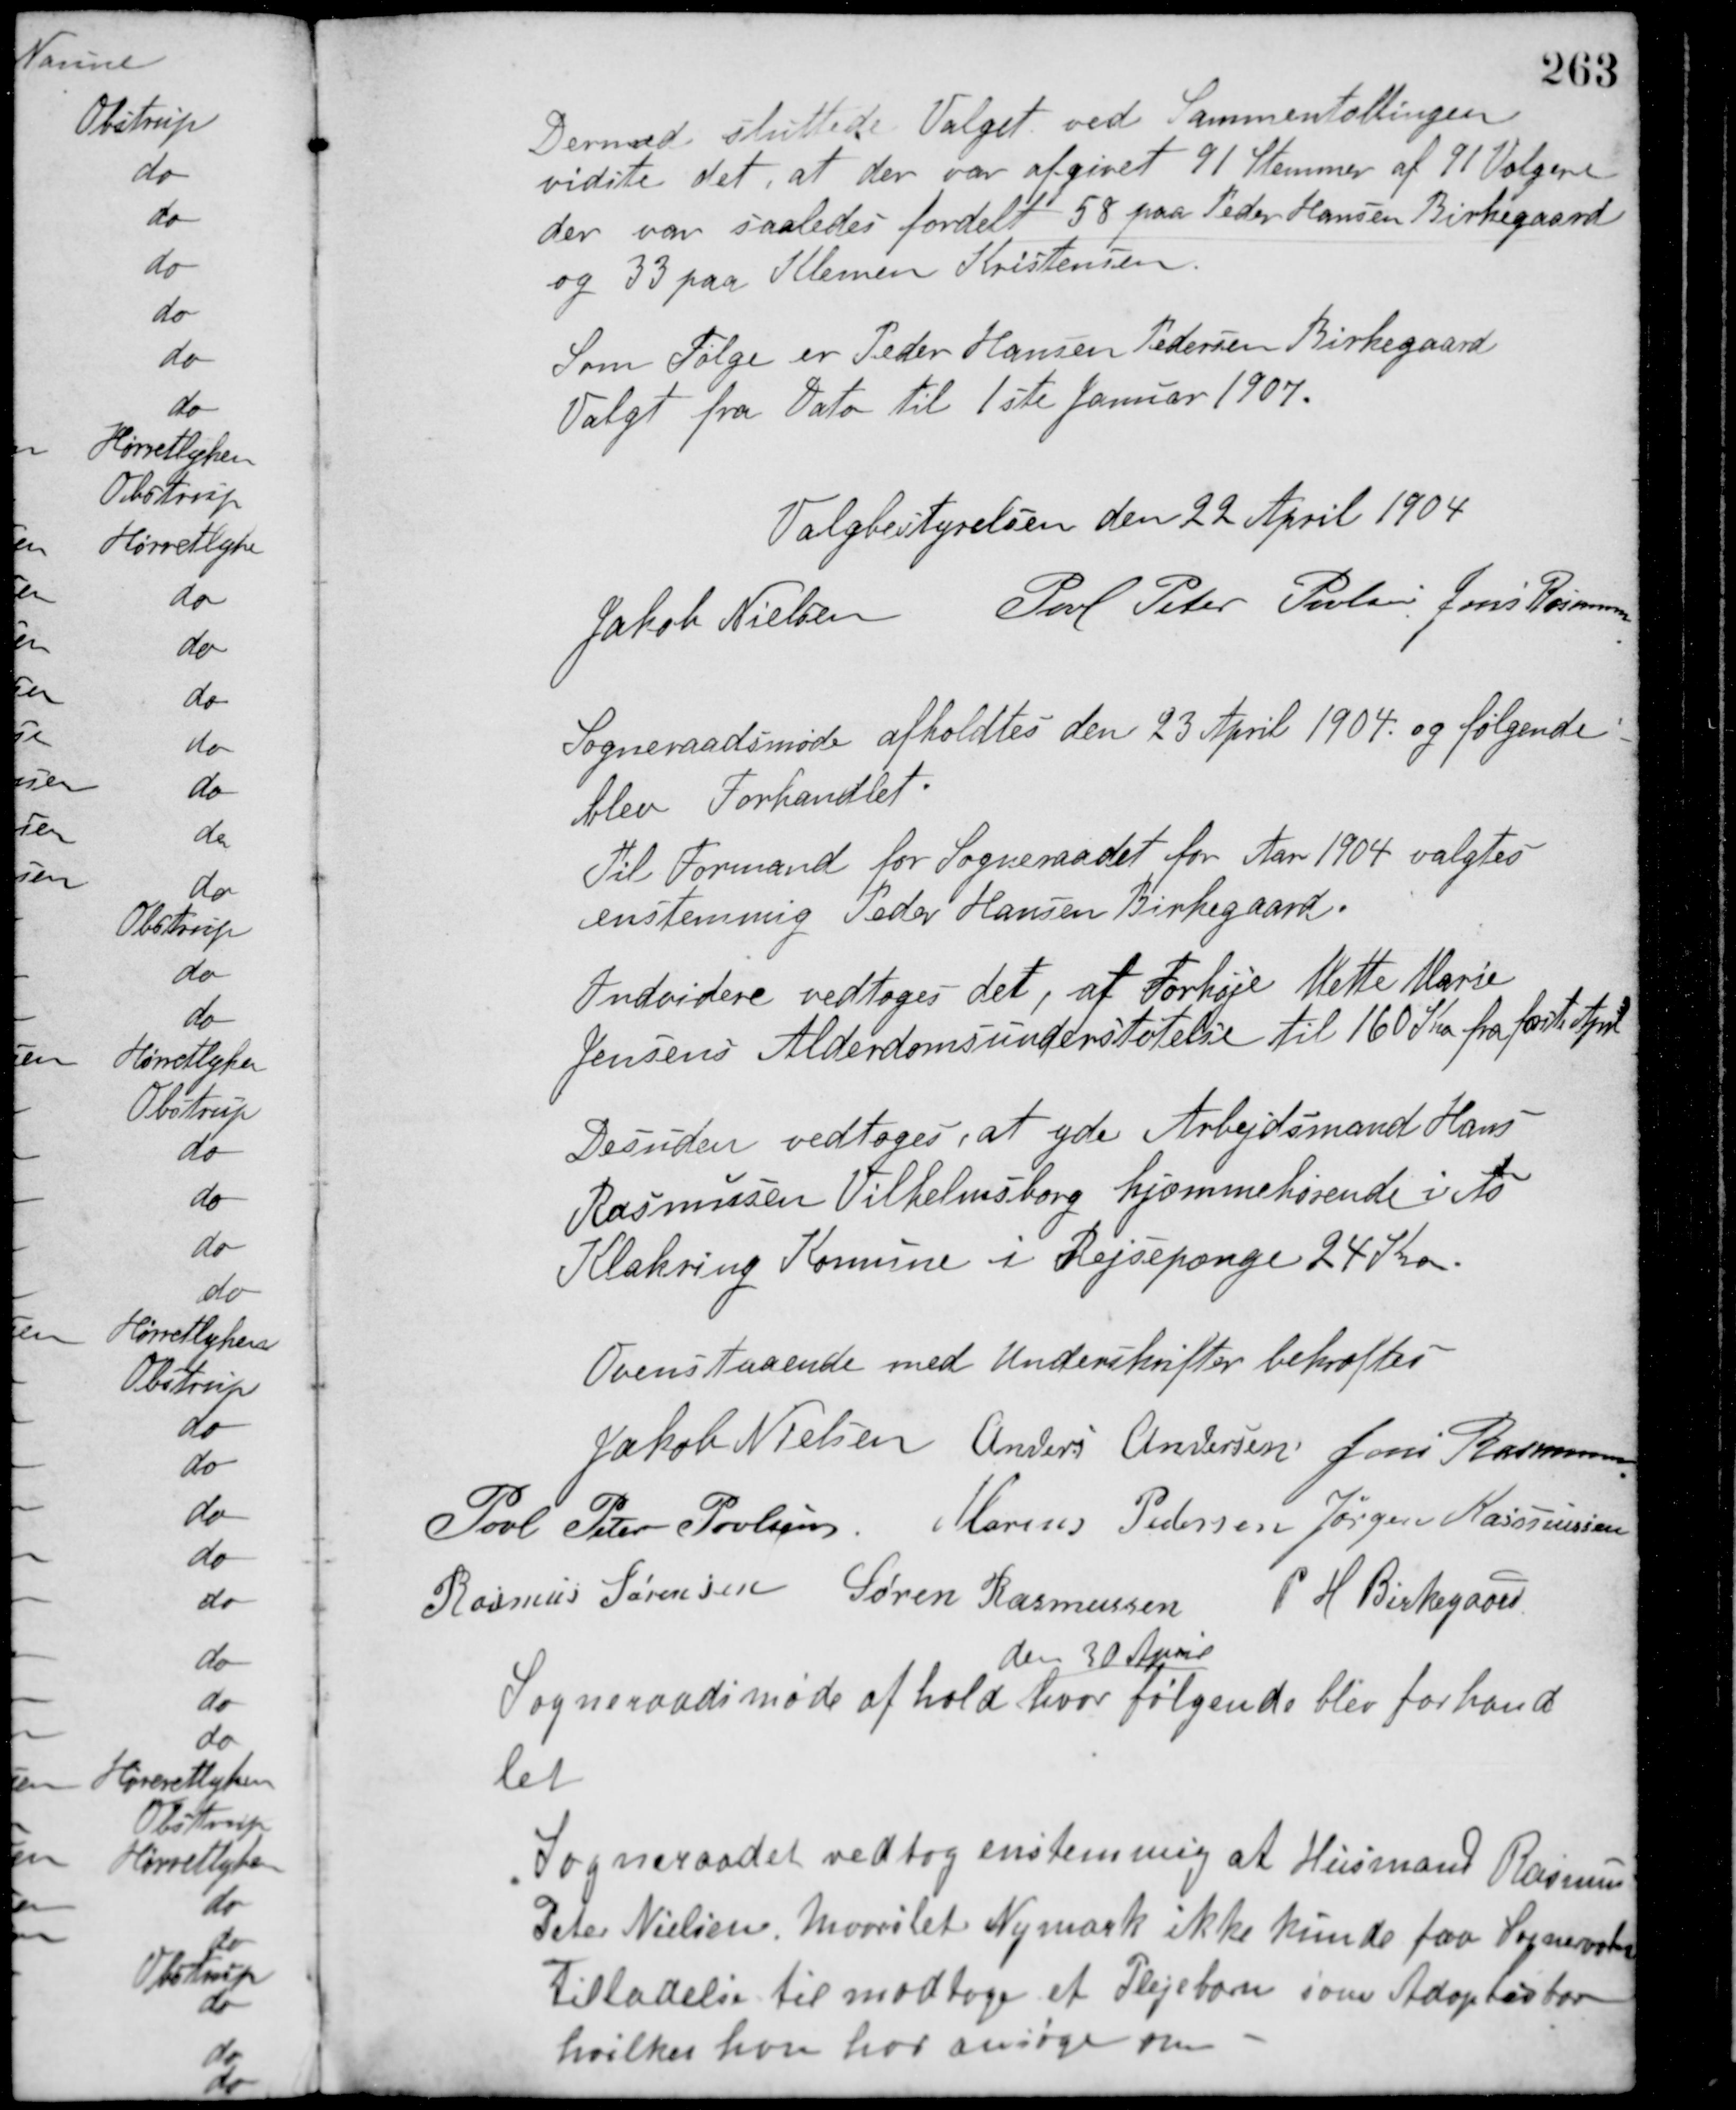
Transskription:
Dermed sluttede Valget ved Sammentællingen
vidste det, at der var afgivet 91 Stemmer af 91 Vælgere
der var saaledes fordelt 58 paa Peder Hansen Birkegaard
og 33 paa Klemen Kristensen.
Som Følge er Peder Hansen Pedersen Birkegaard
Valgt fra Dato til 1ste Januar 1907.
Valgbestyrelsen den 22 April 1904
Jakob Nielsen Poul Peter Povlsen Jens Rasmussen
Sogneraadsmøde afholdtes den 23 April 1904 og følgende
blev Forhandlet.
Til Formand for Sogneraadet for Aar 1904 valgtes
enstemmig Peder Hansen Birkegaard.
Indvidere vedtoges det, at Forhøje Mette Marie
Jensens Alderdomsunderstøtelse til 160 Kr. fra første April.
Desuden vedtoges, at yde Arbejdsmand Hans
Rasmussen Vilhelmsborg hjemmehørende i Ao
Klakring Komune i Rejsepænge 24 Kroner.
Ovenstaaende med Underskrifter bekræftes
Jakob Nielsen Anders Andersen Jens Rasmussen
Poul Peter Poulsen Marius Pedersen Jørgen Rasmussen
Rasmus Sørensen Søren Rasmussen P. H. Birkegaard
Sogneraadsmøde afhold
den 30 April
hvor følgende blev forhand-
let
Sogneraadet vedtog enstemmig at Husmand Rasmus
Peter Nielsen, Maarslet Nymark ikke kunde faa Sogneraadets
Tilladelse til modtage et Plejebarn som Adopterbar
hvilket han har ansøgt om.